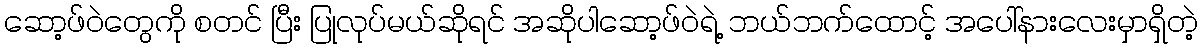
ဆော့ဖ်ဝဲတွေကို စတင် ပြီး ပြုလုပ်မယ်ဆိုရင် အဆိုပါဆော့ဖ်ဝဲရဲ့ ဘယ်ဘက်ထောင့် အပေါ်နားလေးမှာရှိတဲ့